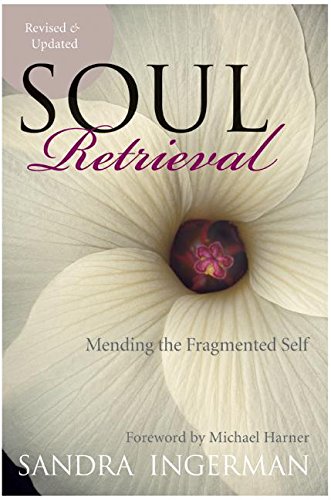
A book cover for Soul Retrieval: Mending the Fragmented Self; Sandra Ingerman; Self-Help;